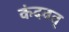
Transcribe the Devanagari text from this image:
कंदवत्‌